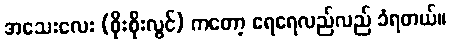
အသေးလေး (စိုးစိုးလွင်) ကတော့ ရေရေလည်လည် ခံရတယ်။